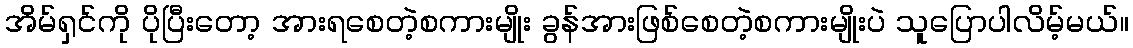
အိမ်ရှင်ကို ပိုပြီးတော့ အားရစေတဲ့စကားမျိုး ခွန်အားဖြစ်စေတဲ့စကားမျိုးပဲ သူပြောပါလိမ့်မယ်။